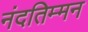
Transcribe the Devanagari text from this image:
नंदतिम्मन